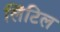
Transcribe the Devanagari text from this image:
लिंटिल